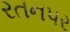
રતનપર